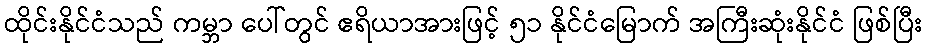
ထိုင်းနိုင်ငံသည် ကမ္ဘာ ပေါ်တွင် ဧရိယာအားဖြင့် ၅၁ နိုင်ငံမြောက် အကြီးဆုံးနိုင်ငံ ဖြစ်ပြီး